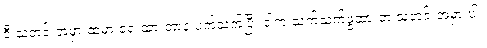
ဒီ သတင်းအမှားထဲမှာ ရေးထားတာနဲ့ ပက်သက်ပြီး ဒါက သက်သက်ဖွထားတဲ့ သတင်းအမှားပါ။